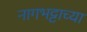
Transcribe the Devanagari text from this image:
नागभट्टाच्या